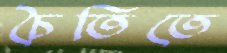
চৈতিতে